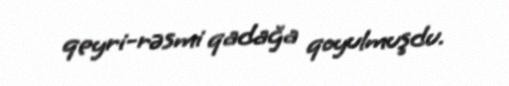
qeyri-rəsmi qadağa qoyulmuşdu.